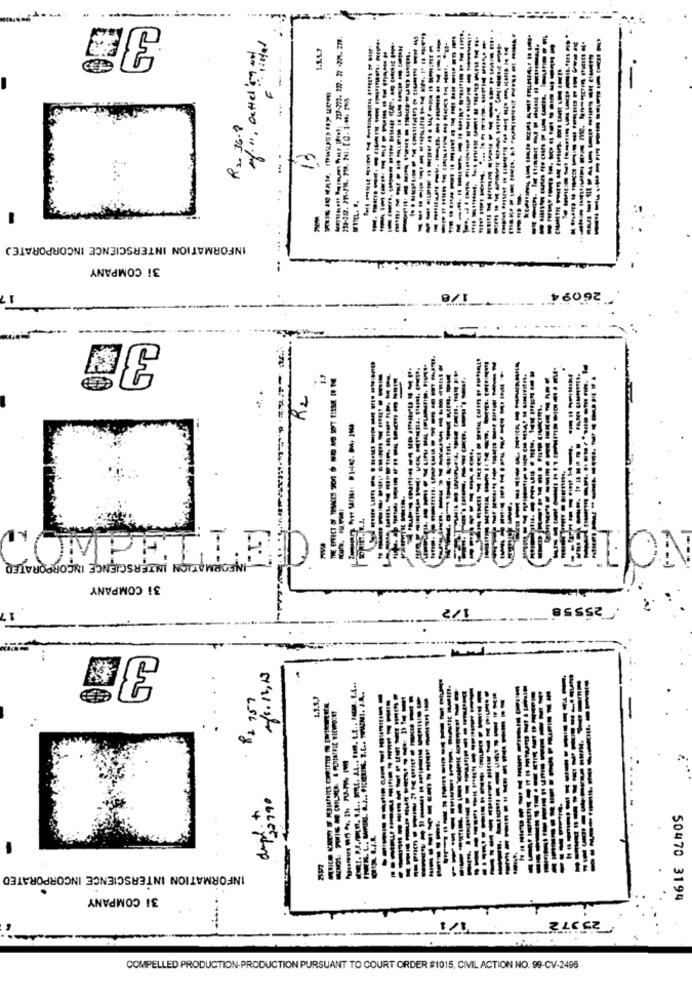
---
38
140
--
- --
--
---
- ------
of
--------
-------
-------
-------
INFORMATION INTERSCIENCE INCORPORATE)
3i COMPANY
17
178
26094
K2
----
------
-----
---
SOSTEGNO
INFORMATION INTERSCIENCE INCORPORATED
-
3i COMPANY
.25558
22. 12,13
82 757
+
ObLETLY
------
INFORMATION INTERSCIENCE INCORPORATED
31 COMPANY
50470 3194
1/1
25972
COMPELLED PRODUCTION-PRODUCTION PURSUANT TO COURT ORDER $1015, CIVIL ACTION NO. 99-CV-2496